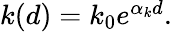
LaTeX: \begin{array}{r}{k(d)=k_{0}e^{\alpha_{k}d}.}\end{array}